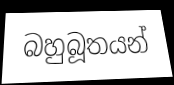
බහුබූතයන්